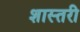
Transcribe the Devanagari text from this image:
शास्तरी